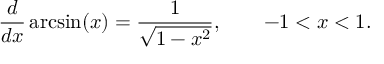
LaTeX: { \frac { d } { d x } } \arcsin ( x ) = { \frac { 1 } { \sqrt { 1 - x ^ { 2 } } } } , \qquad - 1 < x < 1 .